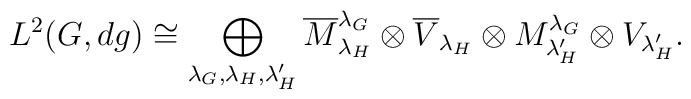
L^2(G,dg)\cong \bigoplus_{\lambda_G,\lambda_H,\lambda'_H} 	\overline{M}^{\lambda_G}_{\lambda_H}\otimes\overline{V}_{{\lambda_H}}	\otimes M^{\lambda_G}_{\lambda'_H}\otimes	V_{\lambda'_H}.